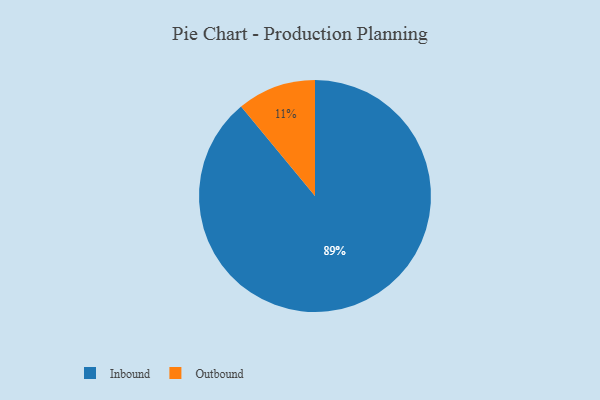
{"axis": {"x": "Category", "y": "Percentage"}, "legend": ["Inbound", "Outbound"], "data": [{"x": "Outbound", "y": 11, "type": "Outbound"}, {"x": "Inbound", "y": 89, "type": "Inbound"}]}